Vaccination in Bombay 1863-1868 - 1863-1868
Year: 1863
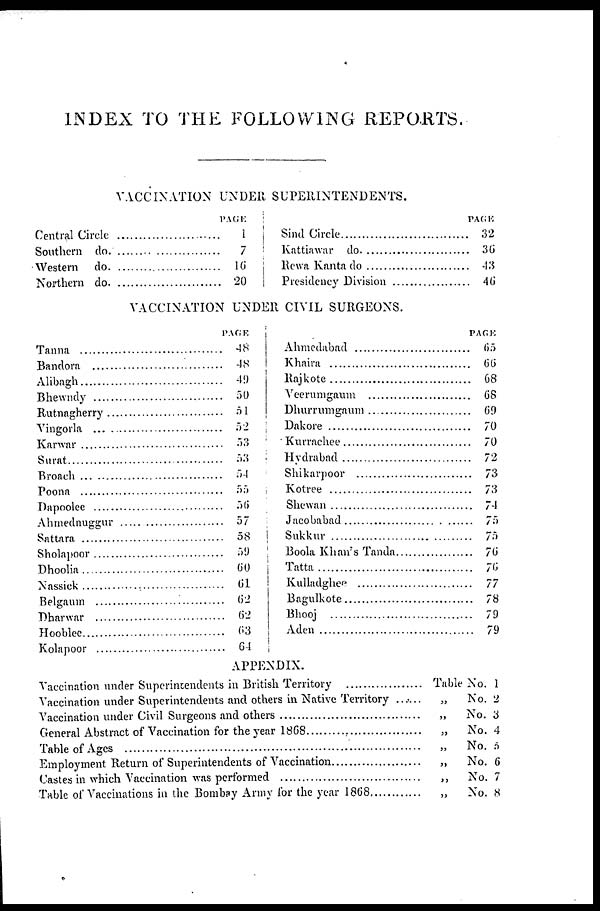
INDEX TO THE FOLLOWING REPORTS.
VACCINATION UNDER SUPERINTENDENTS.
Central Circle .........................
Southern do. .............................
Western do. ........................
Northern do. ...........................
PAGE
1
7
16
20
Sind Circle
Kattiawar do. ..........................
Rewa Kanta do. ...................
Presidency Division
PAGE
32
36
43
46
VACCINATION UNDER CIVIL SURGEONS.
Tanna ...............................
Bandora ...........................
Alibagh ............................
Bhewndy ...........................
Rutnagherry ..........................
Vingorla .............................
Karwar ................................
Surat ...................................
Broach ...............................
Poona ..................................
Dapoolee .............................
Ahmednuggur ...........................
Sattara ................................
Sholapoor .............................
Dhoolia ................................
Nassick .................................
Belgaum ...............................
Dharwar .............................
Hooblee ................................
Kolapoor ................................
PAGE
48
48
49
50
51
52
53
53
54
55
56
57
58
59
60
61
62
62
63
64
Ahmedabad
Khaira
Rajkote ........ .........................
Veerumgaum
Dhurrumgaum
Dakore
Kurrachee
Hydrabad
Shikarpoor
Kotree
Shewan
Jacobabad
Sukkur
Boola Khan's Tanda
Tatta
Kulladghee
Bagulkote
.....................................
Aden ......................................
PAGE
65
66
C8
68
69
70
70
72
73
73
74
75
75
76
76
77
78
79
79
APPENDIX.
Vaccination under Superintendents in British Territory ...................
Vaccination under Superintendents and others in Native Territory .......
Vaccination under Civil Surgeons and others ...............................
General Abstract of Vaccination for the year 1868 ................................
Table of Ages .........................................................................
Employment Return of Superintendents of Vaccination ......................
Castes in which Vaccination was performed ................................
Table of Vaccinations in the Bombay Army for the year 1868 ...........
Table No. 1
„
No. 2
„
No. 3
„
No. 4
„ No. 5
„
No. 6
„
No. 7
„ No. 8